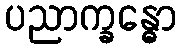
ပညာက္ခန္ဓော